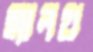
হ্যালথ